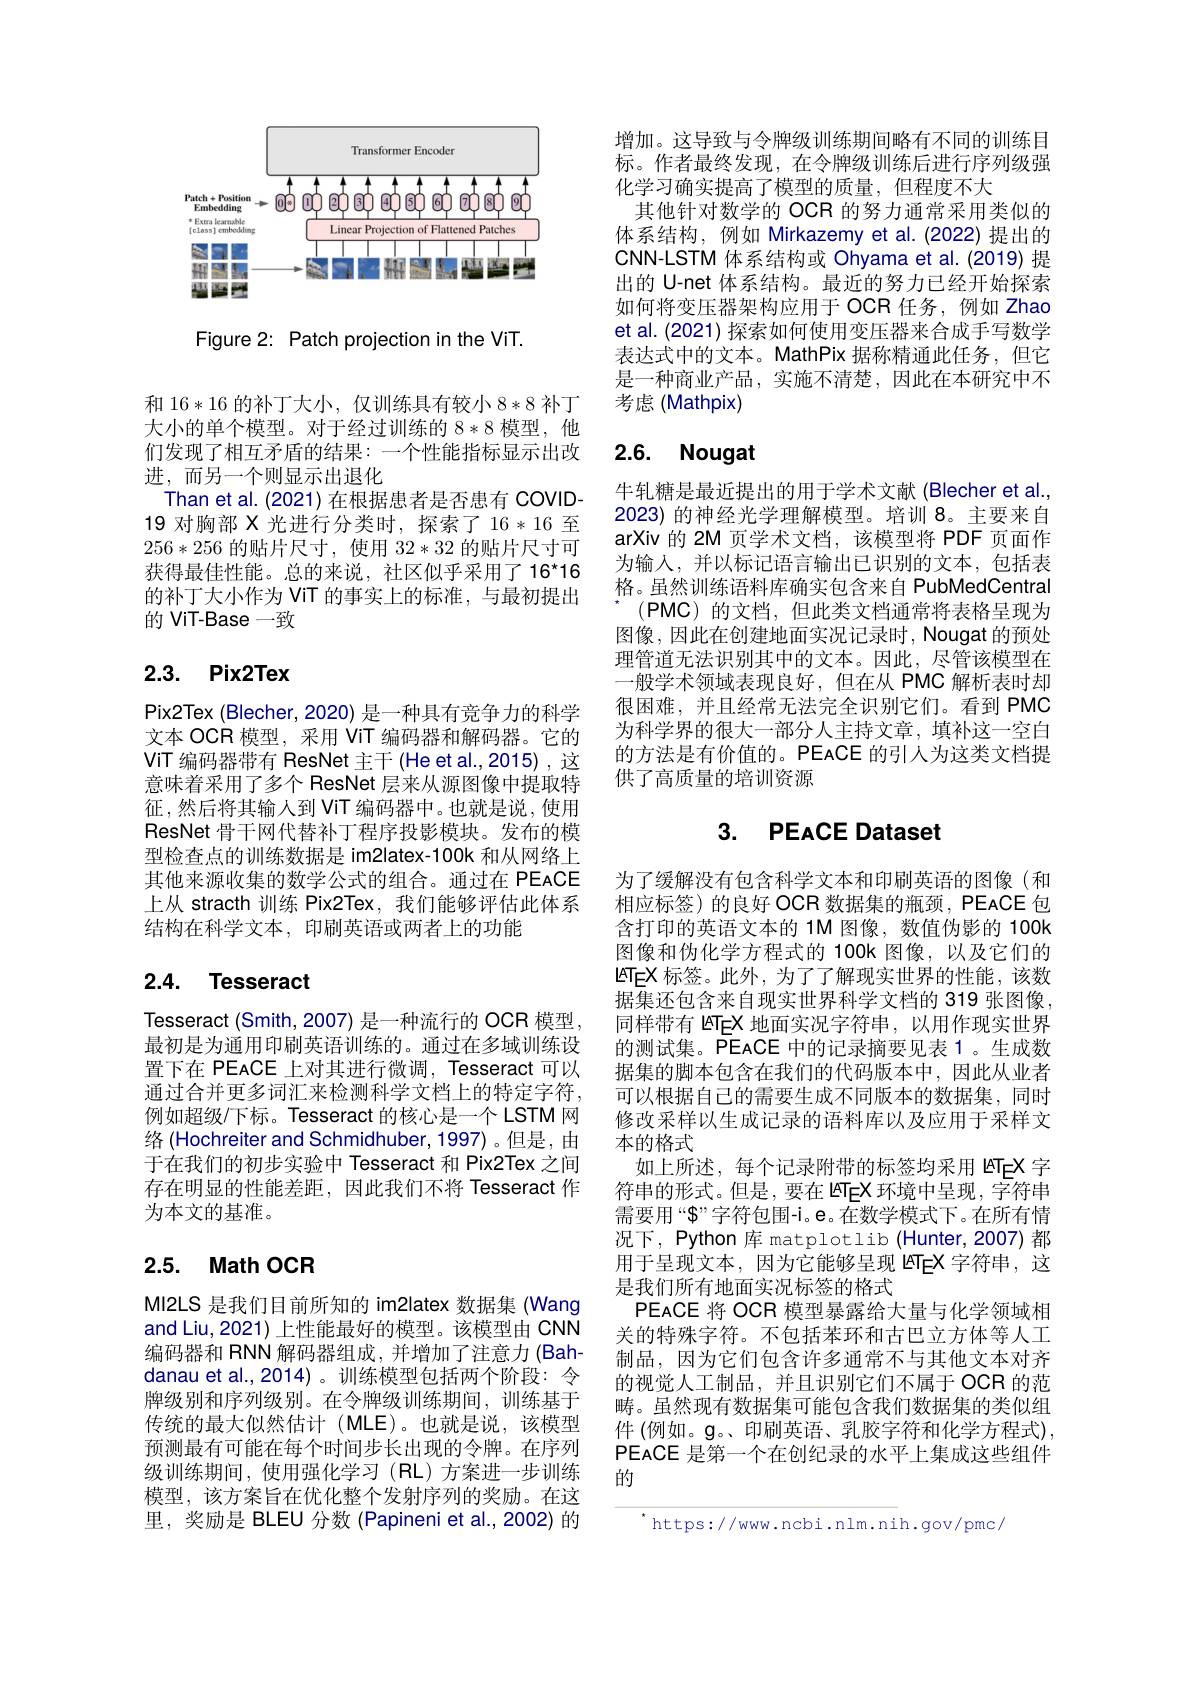
<FigureHere>

Figure 2: Patch projection in the ViT.

和16*16的补丁大小，仅训练具有较小8*8补丁大小的单个模型。对于经过训练的8*8模型，他们发现了相互矛盾的结果：一个性能指标显示出改进，而另一个则显示出退化
Than et al. (2021) 在根据患者是否患有 COVID- 19 对胸部 X 光进行分类时，探索了 16*16至256*256的贴片尺寸，使用32*32的贴片尺寸可获得最佳性能。总的来说，社区似乎采用了 16*16的补丁大小作为 ViT 的事实上的标准，与最初提出的 ViT-Base 一致

# 2.3. Pix2Tex

Pix2Tex (Blecher, 2020) 是一种具有竞争力的科学文本 OCR 模型，采用 ViT 编码器和解码器。它的ViT 编码器带有 ResNet 主干(He et al.,2015),这意味着采用了多个 ResNet 层来从源图像中提取特征，然后将其输人到 ViT 编码器中。也就是说，使用ResNet 骨干网代替补丁程序投影模块。发布的模型检查点的训练数据是 im2latex-100k 和从网络上其他来源收集的数学公式的组合。通过在 PEACE 上从 stracth 训练 Pix2Tex, 我们能够评估此体系结构在科学文本，印刷英语或两者上的功能

# 2.4. Tesseract

Tesseract (Smith, 2007) 是一种流行的 OCR 模型最初是为通用印刷英语训练的。通过在多域训练设置下在 PEACE 上对其进行微调，Tesseract 可以通过合并更多词汇来检测科学文档上的特定字符， 例如超级/下标。Tesseract 的核心是一个 LSTM 网络(Hochreiter and Schmidhuber, 1997)。但是，由于在我们的初步实验中 Tesseract 和 Pix2Tex 之间存在明显的性能差距，因此我们不将 Tesseract 作为本文的基准。

## 2.5. Math OCR

MI2LS 是我们目前所知的 im2latex 数据集 (Wang and Liu,2021) 上性能最好的模型。该模型由 CNN 编码器和 RNN 解码器组成，并增加了注意力(Bahdanau et al.,2014)。训练模型包括两个阶段：令牌级别和序列级别。在令牌级训练期间，训练基于传统的最大似然估计(MLE)。也就是说，该模型预测最有可能在每个时间步长出现的令牌。在序列级训练期间，使用强化学习(RL)方案进一步训练模型，该方案旨在优化整个发射序列的奖励。在这里，奖励是 BLEU 分数 (Papineni et al.,2002)的

增加。这导致与令牌级训练期间略有不同的训练目标。作者最终发现，在令牌级训练后进行序列级强化学习确实提高了模型的质量，但程度不大
其他针对数学的 OCR 的努力通常采用类似的体系结构，例如 Mirkazemy et al.(2022)提出的CNN-LSTM 体系结构或 Ohyama et al.(2019) 提出的 U-net 体系结构。最近的努力已经开始探索如何将变压器架构应用于 OCR 任务，例如 Zhao et al. (2021) 探索如何使用变压器来合成手写数学表达式中的文本。MathPix 据称精通此任务，但它是一种商业产品，实施不清楚，因此在本研究中不考虑(Mathpix)

## 2.6. Nougat

牛轧糖是最近提出的用于学术文献(Blecher et al. 2023) 的神经光学理解模型。培训 8。主要来自arXiv 的 2M 页学术文档，该模型将 PDF 页面作为输入，并以标记语言输出已识别的文本，包括表格。虽然训练语料库确实包含来自 PubMedCentral
$(\mathsf{PMC})$的文档，但此类文档通常将表格呈现为图像，因此在创建地面实况记录时，Nougat 的预处理管道无法识别其中的文本。因此，尽管该模型在一般学术领域表现良好，但在从 PMC 解析表时却很困难，并且经常无法完全识别它们。看到 PMC 为科学界的很大一部分人主持文章，填补这一空白的方法是有价值的。PEACE 的引人为这类文档提供了高质量的培训资源

# 3. PEACE Dataset

为了缓解没有包含科学文本和印刷英语的图像(和相应标签)的良好 OCR 数据集的瓶颈，PEACE 包含打印的英语文本的 1M 图像，数值伪影的 100k 图像和伪化学方程式的 100k 图像，以及它们的$\mathsf{ETEX}$标签。此外，为了了解现实世界的性能，该数据集还包含来自现实世界科学文档的 319 张图像同样带有 ETeX 地面实况字符串，以用作现实世界的测试集。PEACE 中的记录摘要见表 1。生成数据集的脚本包含在我们的代码版本中，因此从业者可以根据自己的需要生成不同版本的数据集，同时修改采样以生成记录的语料库以及应用于采样文本的格式
如上所述，每个记录附带的标签均采用 ETEX 字符串的形式。但是，要在 ETEX 环境中呈现，字符串需要用“$\$”$字符包围-i。e。在数学模式下。在所有情况下，Python 库 matplotlib (Hunter,2007) 都用于呈现文本，因为它能够呈现 ETEX 字符串，这是我们所有地面实况标签的格式
PEACE 将 OCR 模型暴露给大量与化学领域相关的特殊字符。不包括苯环和古巴立方体等人工制品，因为它们包含许多通常不与其他文本对齐的视觉人工制品，并且识别它们不属于 OCR 的范畴。虽然现有数据集可能包含我们数据集的类似组件 (例如。$\mathfrak{g}$。、印刷英语、乳胶字符和化学方程式) PEACE 是第一个在创纪录的水平上集成这些组件的

$^{\star}$https://www.ncbi.nlm.nih.gov/pmc/